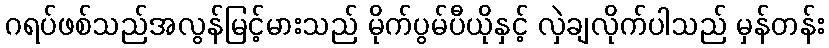
ဂရပ်ဖစ်သည်အလွန်မြင့်မားသည် မိုက်ပွမ်ပီယိုနှင့် လှဲချလိုက်ပါသည် မှန်တန်း